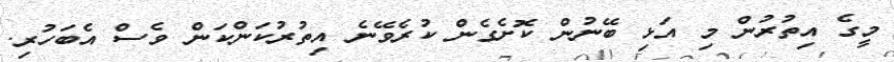
މީގެ އިތުރުން މި އަޅި ބޭނުން ކޮށެގެން ކުރެވޭނެ އިތުރުކަންކަން ވެސް އެބަހުރި.